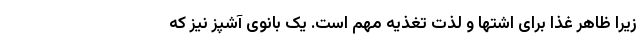
زیرا ظاهر غذا برای اشتها و لذت تغذیه مهم است. یک بانوی آشپز نیز که